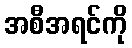
အစီအရင်ကို